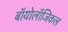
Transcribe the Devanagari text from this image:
बॉयोलॉजिकल